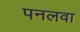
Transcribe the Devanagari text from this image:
पनलवा